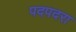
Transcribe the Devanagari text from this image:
पदपदरा